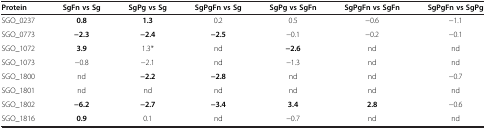
| Protein | SgFn vs Sg | SgPg vs Sg | SgPgFn vs Sg | SgPg vs SgFn | SgPgFn vs SgFn | SgPgFn vs SgPg |
 | --- | --- | --- | --- | --- | --- | --- |
 | SGO_0237 | 0.8 | 1.3 | 0.2 | 0.5 | −0.6 | −1.1 |
 | SGO_0773 | −2.3 | −2.4 | −2.5 | −0.1 | −0.2 | −0.1 |
 | SGO_1072 | 3.9 | 1.3* | nd | −2.6 | nd | nd |
 | SGO_1073 | −0.8 | −2.1 | nd | −1.3 | nd | nd |
 | SGO_1800 | nd | −2.2 | −2.8 | nd | nd | −0.7 |
 | SGO_1801 | nd | nd | nd | nd | nd | nd |
 | SGO_1802 | −6.2 | −2.7 | −3.4 | 3.4 | 2.8 | −0.6 |
 | SGO_1816 | 0.9 | 0.1 | nd | −0.7 | nd | nd |